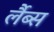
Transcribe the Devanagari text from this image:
र्लैब्स